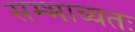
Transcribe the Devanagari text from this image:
सम्भाव्यतः